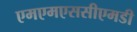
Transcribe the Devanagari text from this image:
एमएमएससीएमडी